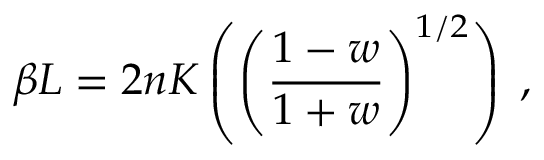
\beta L = 2 n K \left( \left( \frac { 1 - w } { 1 + w } \right) ^ { 1 / 2 } \right) \; ,